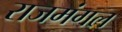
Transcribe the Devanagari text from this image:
राजमंगल